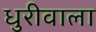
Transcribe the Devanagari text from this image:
धुरीवाला